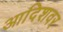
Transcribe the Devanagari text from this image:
आदिशवर